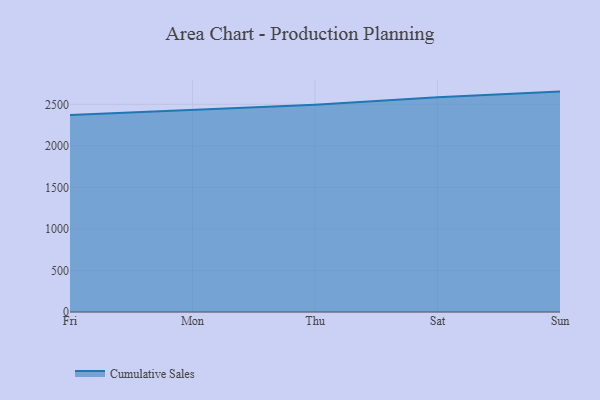
{"axis": {"x": "Day", "y": "Customer Acquisition Cost (USD)"}, "legend": ["Cumulative Sales"], "data": [{"x": "Fri", "y": 2370.1, "type": "Cumulative Sales"}, {"x": "Mon", "y": 2431.1, "type": "Cumulative Sales"}, {"x": "Thu", "y": 2495.1, "type": "Cumulative Sales"}, {"x": "Sat", "y": 2584.9, "type": "Cumulative Sales"}, {"x": "Sun", "y": 2653.3, "type": "Cumulative Sales"}]}